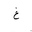
Letter: _gayn